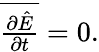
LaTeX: \begin{array}{r}{\overline{{\frac{\partial\hat{E}}{\partial t}}}=0.}\end{array}